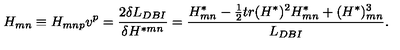
H _ { m n } \equiv H _ { m n p } v ^ { p } = { \frac { 2 \delta L _ { D B I } } { \delta H ^ { * m n } } } = { \frac { H _ { m n } ^ { * } - { \frac { 1 } { 2 } } t r ( H ^ { * } ) ^ { 2 } H _ { m n } ^ { * } + ( H ^ { * } ) _ { m n } ^ { 3 } } { L _ { D B I } } } .